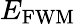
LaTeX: E_{\mathrm{FWM}}